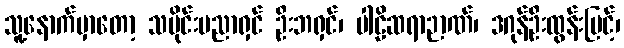
သူ့နောက်မှာတော့ သမိုင်းပညာရှင် ဦးဘရှင်၊ ပါဠိဆရာဉာဏ်၊ ဒဂုန်ဦးထွန်းမြင့်၊